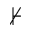
\nvdash